Civil Veterinary Department Bengal reports 1933-51 - 1933-1951
Year: 1933
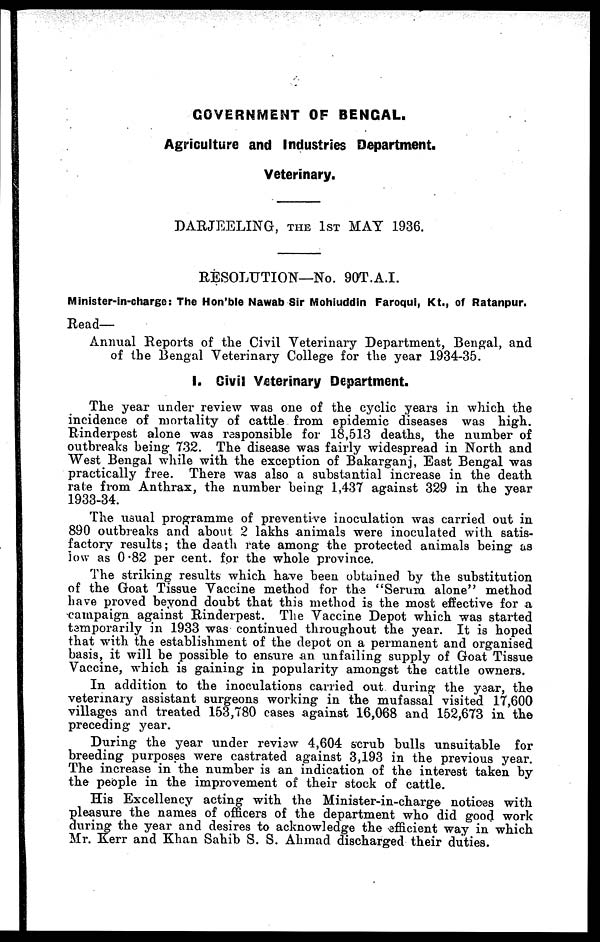
GOVERNMENT OF BENGAL.
Agriculture and Industries Department.
Veterinary.
DARJEELING, THE 1ST MAY 1936.
RESOLUTION—No. 90T.A.I.
Minister-in-charge: The Hon'ble Nawab Sir Mohiuddin Faroqui, Kt., of Ratanpur.
Read—
Annual Reports of the Civil Veterinary Department, Bengal, and
of the Bengal Veterinary College for the year 1934-35.
I. Civil Veterinary Department.
The year under review was one of the cyclic years in which the
incidence of mortality of cattle from epidemic diseases was high.
Rinderpest alone was responsible for 18,513 deaths, the number of
outbreaks being 732. The disease was fairly widespread in North and
West Bengal while with the exception of Bakarganj, East Bengal was
practically free. There was also a substantial increase in the death
rate from Anthrax, the number being 1,437 against 329 in the year
1933-34.
The usual programme of preventive inoculation was carried out in
890 outbreaks and about 2 lakhs animals were inoculated with satis-
factory results; the death rate among the protected animals being as
low as 0.82 per cent. for the whole province.
The striking results which have been obtained by the substitution
of the Goat Tissue Vaccine method for the "Serum alone" method
have proved beyond doubt that this method is the most effective for a
campaign against Rinderpest. The Vaccine Depot which was started
temporarily in 1933 was continued throughout the year. It is hoped
that with the establishment of the depot on a permanent and organised
basis, it will be possible to ensure an unfailing supply of Groat Tissue
Vaccine, which is gaining in popularity amongst the cattle owners.
In addition to the inoculations carried out during the year, the
veterinary assistant surgeons working in the mufassal visited 17,600
villages and treated 153,780 cases against 16,068 and 152,673 in the
preceding year.
During the year under review 4,604 scrub bulls unsuitable for
breeding purposes were castrated against 3,193 in the previous year.
The increase in the number is an indication of the interest taken by
the people in the improvement of their stock of cattle.
His Excellency acting with the Minister-in-charge notices with
pleasure the names of officers of the department who did good work
during the year and desires to acknowledge the efficient way in which
Mr. Kerr and Khan Sahib S. S. Ahmad discharged their duties.